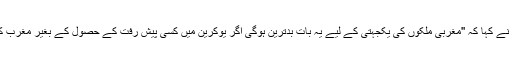
'وائس آف امریکہ' کو دیے گئے ایک انٹرویو میں اُنھوں نے کہا کہ ''مغربی ملکوں کی یکجہتی کے لیے یہ بات بدترین ہوگی اگر یوکرین میں کسی پیش رفت کے حصول کے بغیر مغرب کے اہم ملک اور امریکہ روس سے کوئی رعایت برتیں۔